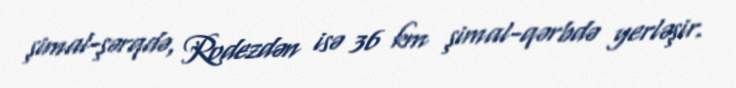
şimal-şərqdə, Rodezdən isə 36 km şimal-qərbdə yerləşir.